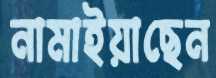
নামাইয়াছেন